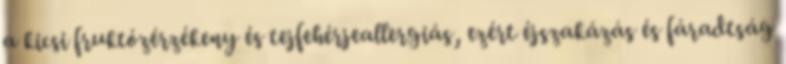
a kicsi fruktózérzékeny és tejfehérjeallergiás, ezért éjszakázás és fáradtság